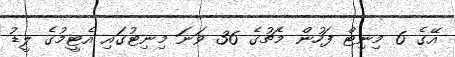
އޭގެ 6 މިނިޓް ފަހުން މެޗުގެ 36 ވަނަ މިނިޓުގައި އެޓީމުގެ ލީޑު